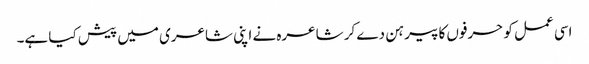
اسی عمل کو حرفوں کا پیرہن دے کر شاعرہ نے اپنی شاعری میں پیش کیا ہے۔